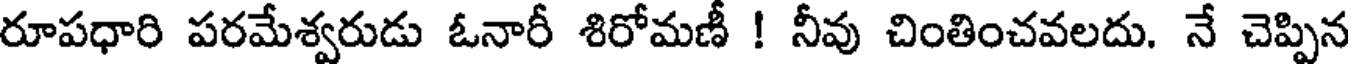
రూపధారి పరమేశ్వరుడు ఓనారీ శిరోమణీ ! నీవు చింతించవలదు. నే చెప్పిన